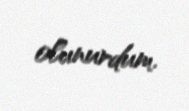
olunurdum.